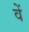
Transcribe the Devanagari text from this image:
वेें